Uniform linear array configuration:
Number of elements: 32
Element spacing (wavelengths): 0.25
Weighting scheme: hann
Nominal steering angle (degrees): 0
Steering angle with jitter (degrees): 1.183
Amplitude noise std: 0.05
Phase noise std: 0.05

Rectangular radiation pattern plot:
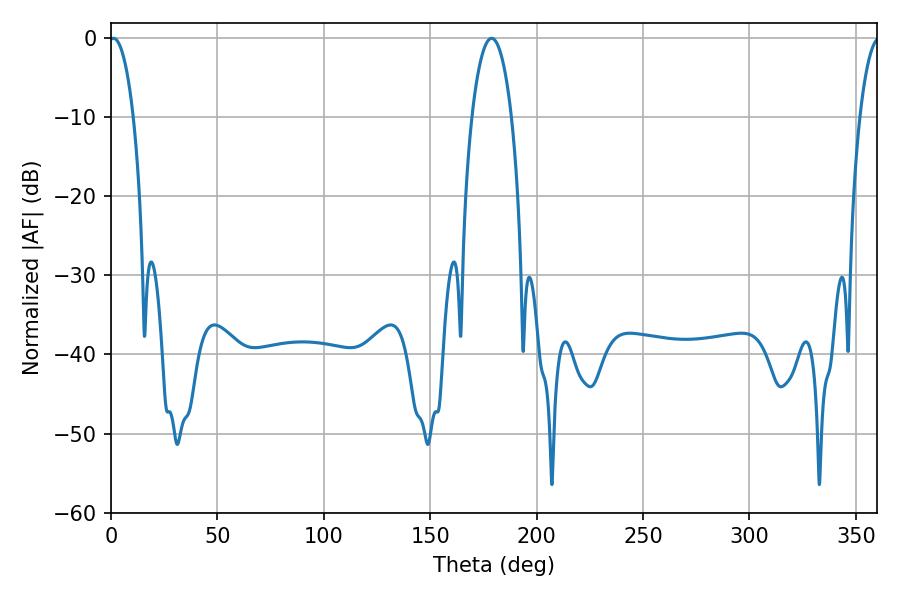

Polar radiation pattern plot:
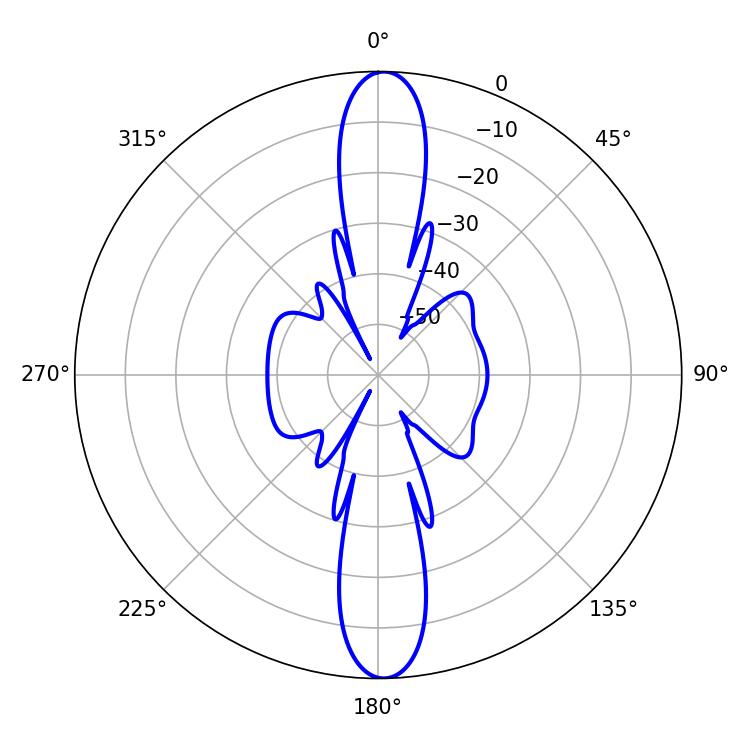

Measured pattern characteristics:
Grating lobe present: FALSE
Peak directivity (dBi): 24.091
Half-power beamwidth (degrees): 6.3
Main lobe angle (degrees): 1.08